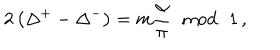
2 \left( \Delta ^ { + } - \Delta ^ { - } \right) = m \displaystyle \frac { \alpha } { \pi } \, \, \bmod \, \, 1 \, ,